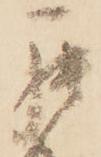
罷